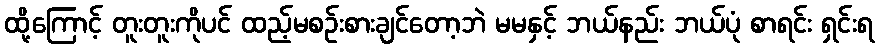
ထို့ကြောင့် တူးတူးကိုပင် ထည့်မစဉ်းစားချင်တော့ဘဲ မမနှင့် ဘယ်နည်း ဘယ်ပုံ စာရင်း ရှင်းရ